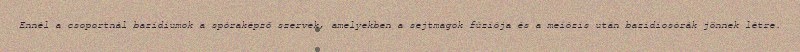
Ennél a csoportnál bazídiumok a spóraképző szervek, amelyekben a sejtmagok fúziója és a meiózis után bazidiosórák jönnek létre.